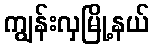
ကျွန်းလှမြို့နယ်